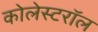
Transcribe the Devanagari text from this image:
कोलेस्टरॉल